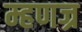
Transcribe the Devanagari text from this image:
म्हणज्र